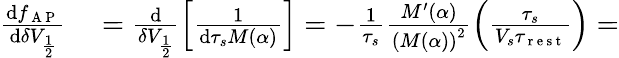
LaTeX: \begin{array}{rl}{\frac{\mathrm{d}f_{\mathrm{~A~P~}}}{\mathrm{d}\delta V_{\frac{1}{2}}}}&{{}=\frac{\mathrm{d}}{\delta V_{\frac{1}{2}}}\left[\frac{1}{\mathrm{d}\tau_{s}M(\alpha)}\right]=-\frac{1}{\tau_{s}}\frac{M^{\prime}(\alpha)}{\left(M(\alpha)\right)^{2}}\left(\frac{\tau_{s}}{V_{s}\tau_{\mathrm{~r~e~s~t~}}}\right)=}\end{array}